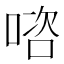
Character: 𭉊